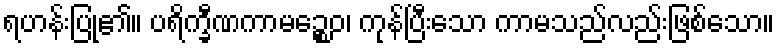
ရဟန်းပြု၏။ ပရိက္ခီဏကာမဉ္စေဝ၊ ကုန်ပြီးသော ကာမသည်လည်းဖြစ်သော။